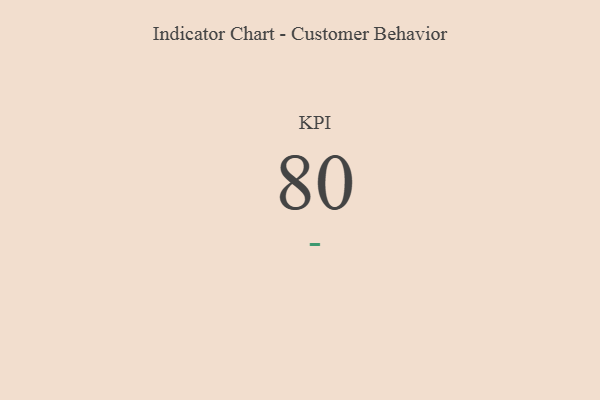
{"axis": {"x": "KPI", "y": "Value"}, "legend": [""], "data": [{"x": "KPI", "y": 80, "type": ""}]}